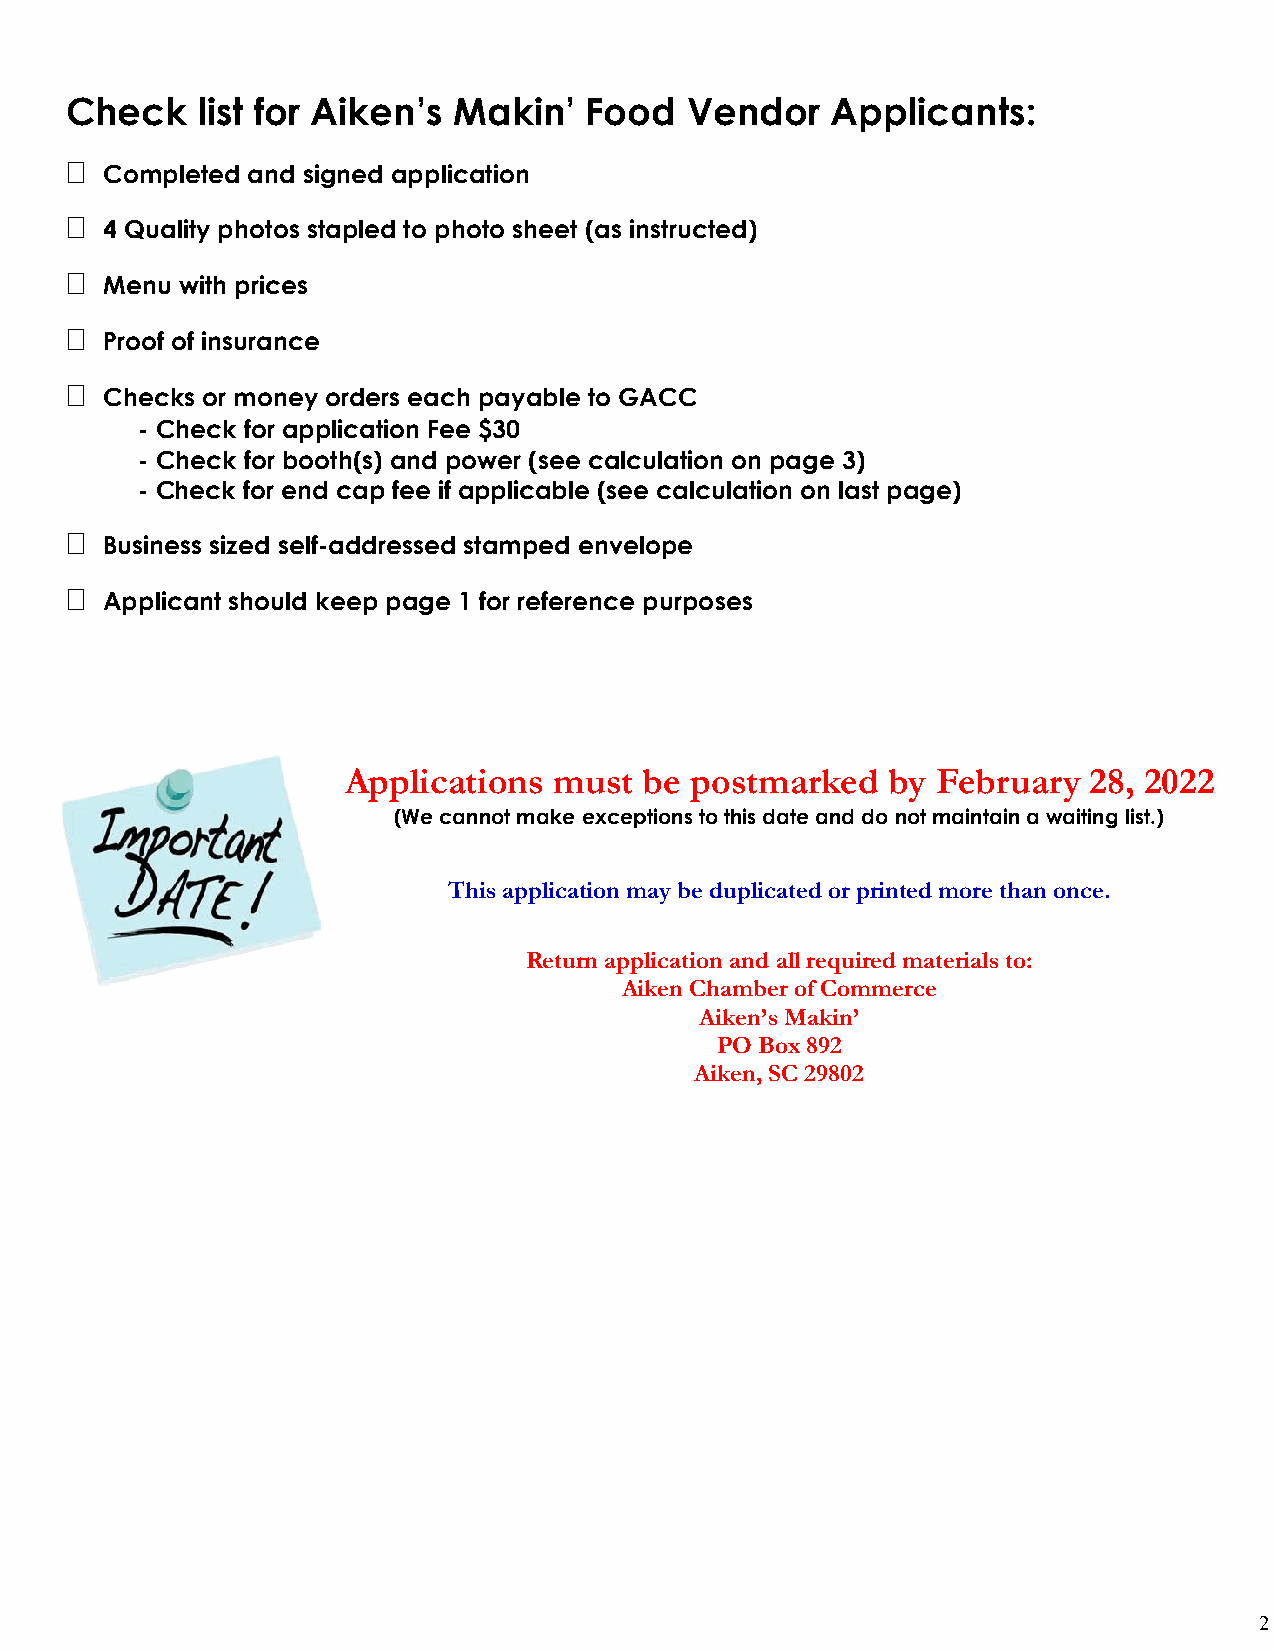
Check    list for Aiken’s Makin’   Food   Vendor   Applicants:
 
 Completed and signed application
 
 4 Quality photos stapled to photo sheet (as instructed)
 
 Menu with prices
 
 Proof of insurance
 
 Checks or money orders each payable to GACC
 - Check for application Fee $30
 - Check for booth(s) and power (see calculation on page 3)
 - Check for end cap fee if applicable (see calculation on last page)
 
 Business sized self-addressed stamped envelope
 
 Applicant should keep page 1 for reference purposes
 Applications  must  be postmarked   by February  28, 2022
 (We cannot make exceptions to this date and do not maintain a waiting list.)
 This application may be duplicated or printed more than once.
 Return application and all required materials to:
 Aiken Chamber of Commerce
 Aiken’s Makin’
 PO Box 892
 Aiken, SC 29802
 2